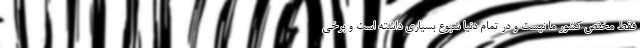
فقط مختص کشور ما نیست و در تمام دنیا شیوع بسیاری داشته است و برخی